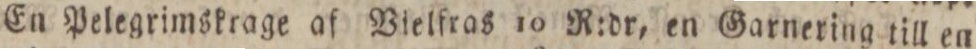
En Pelegrimskrage af Vielfras 10 R:dr, en Garnering till en